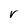
Character: r